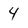
Character: 4